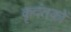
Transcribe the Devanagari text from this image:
कृदंतकों